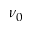
\nu _ { 0 }